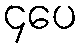
၄ပေ